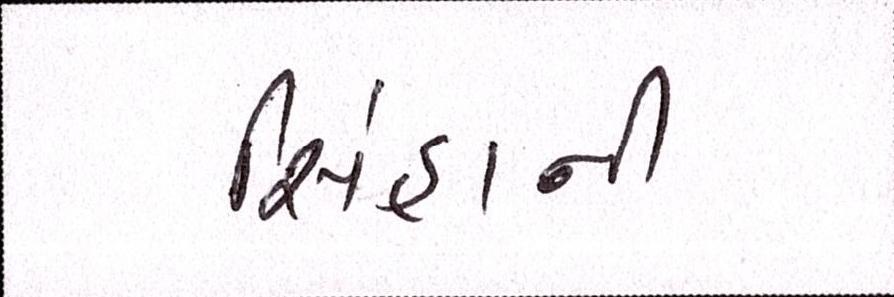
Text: સિંહાની